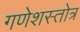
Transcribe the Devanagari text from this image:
गणेशस्तोत्र